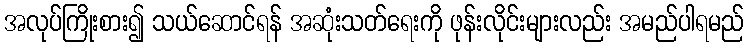
အလုပ်ကြိုးစား၍ သယ်ဆောင်ရန် အဆုံးသတ်ရေးကို ဖုန်းလိုင်းများလည်း အမည်ပါရမည်